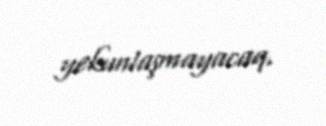
yekunlaşmayacaq.